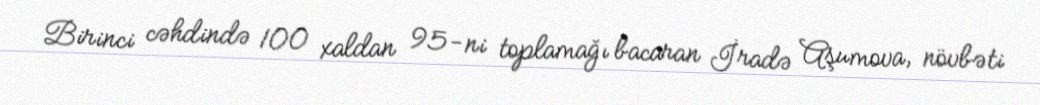
Birinci cəhdində 100 xaldan 95-ni toplamağı bacaran İradə Aşumova, növbəti